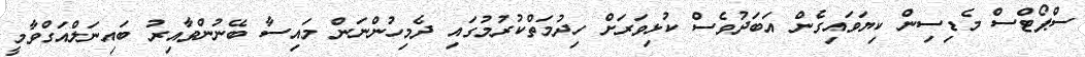
ސްޕޯޓްސް މެޑިސިން ކިޔަވައިގެން އަބަދުވެސް ކުޅިވަރަށް ހިދުމަތްކުރުމުގައި ދެމިހުންނަން މައިސާ ބޭނުންވާއިރު ބައިނަލްއަގްވާމީ